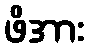
ဖိအား